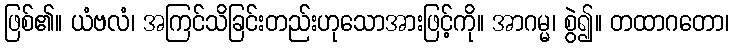
ဖြစ်၏။ ယံဗလံ၊ အကြင်သိခြင်းတည်းဟုသောအားဖြင့်ကို။ အာဂမ္မ၊ စွဲ၍။ တထာဂတော၊